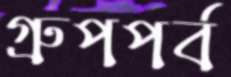
গ্রুপপর্ব